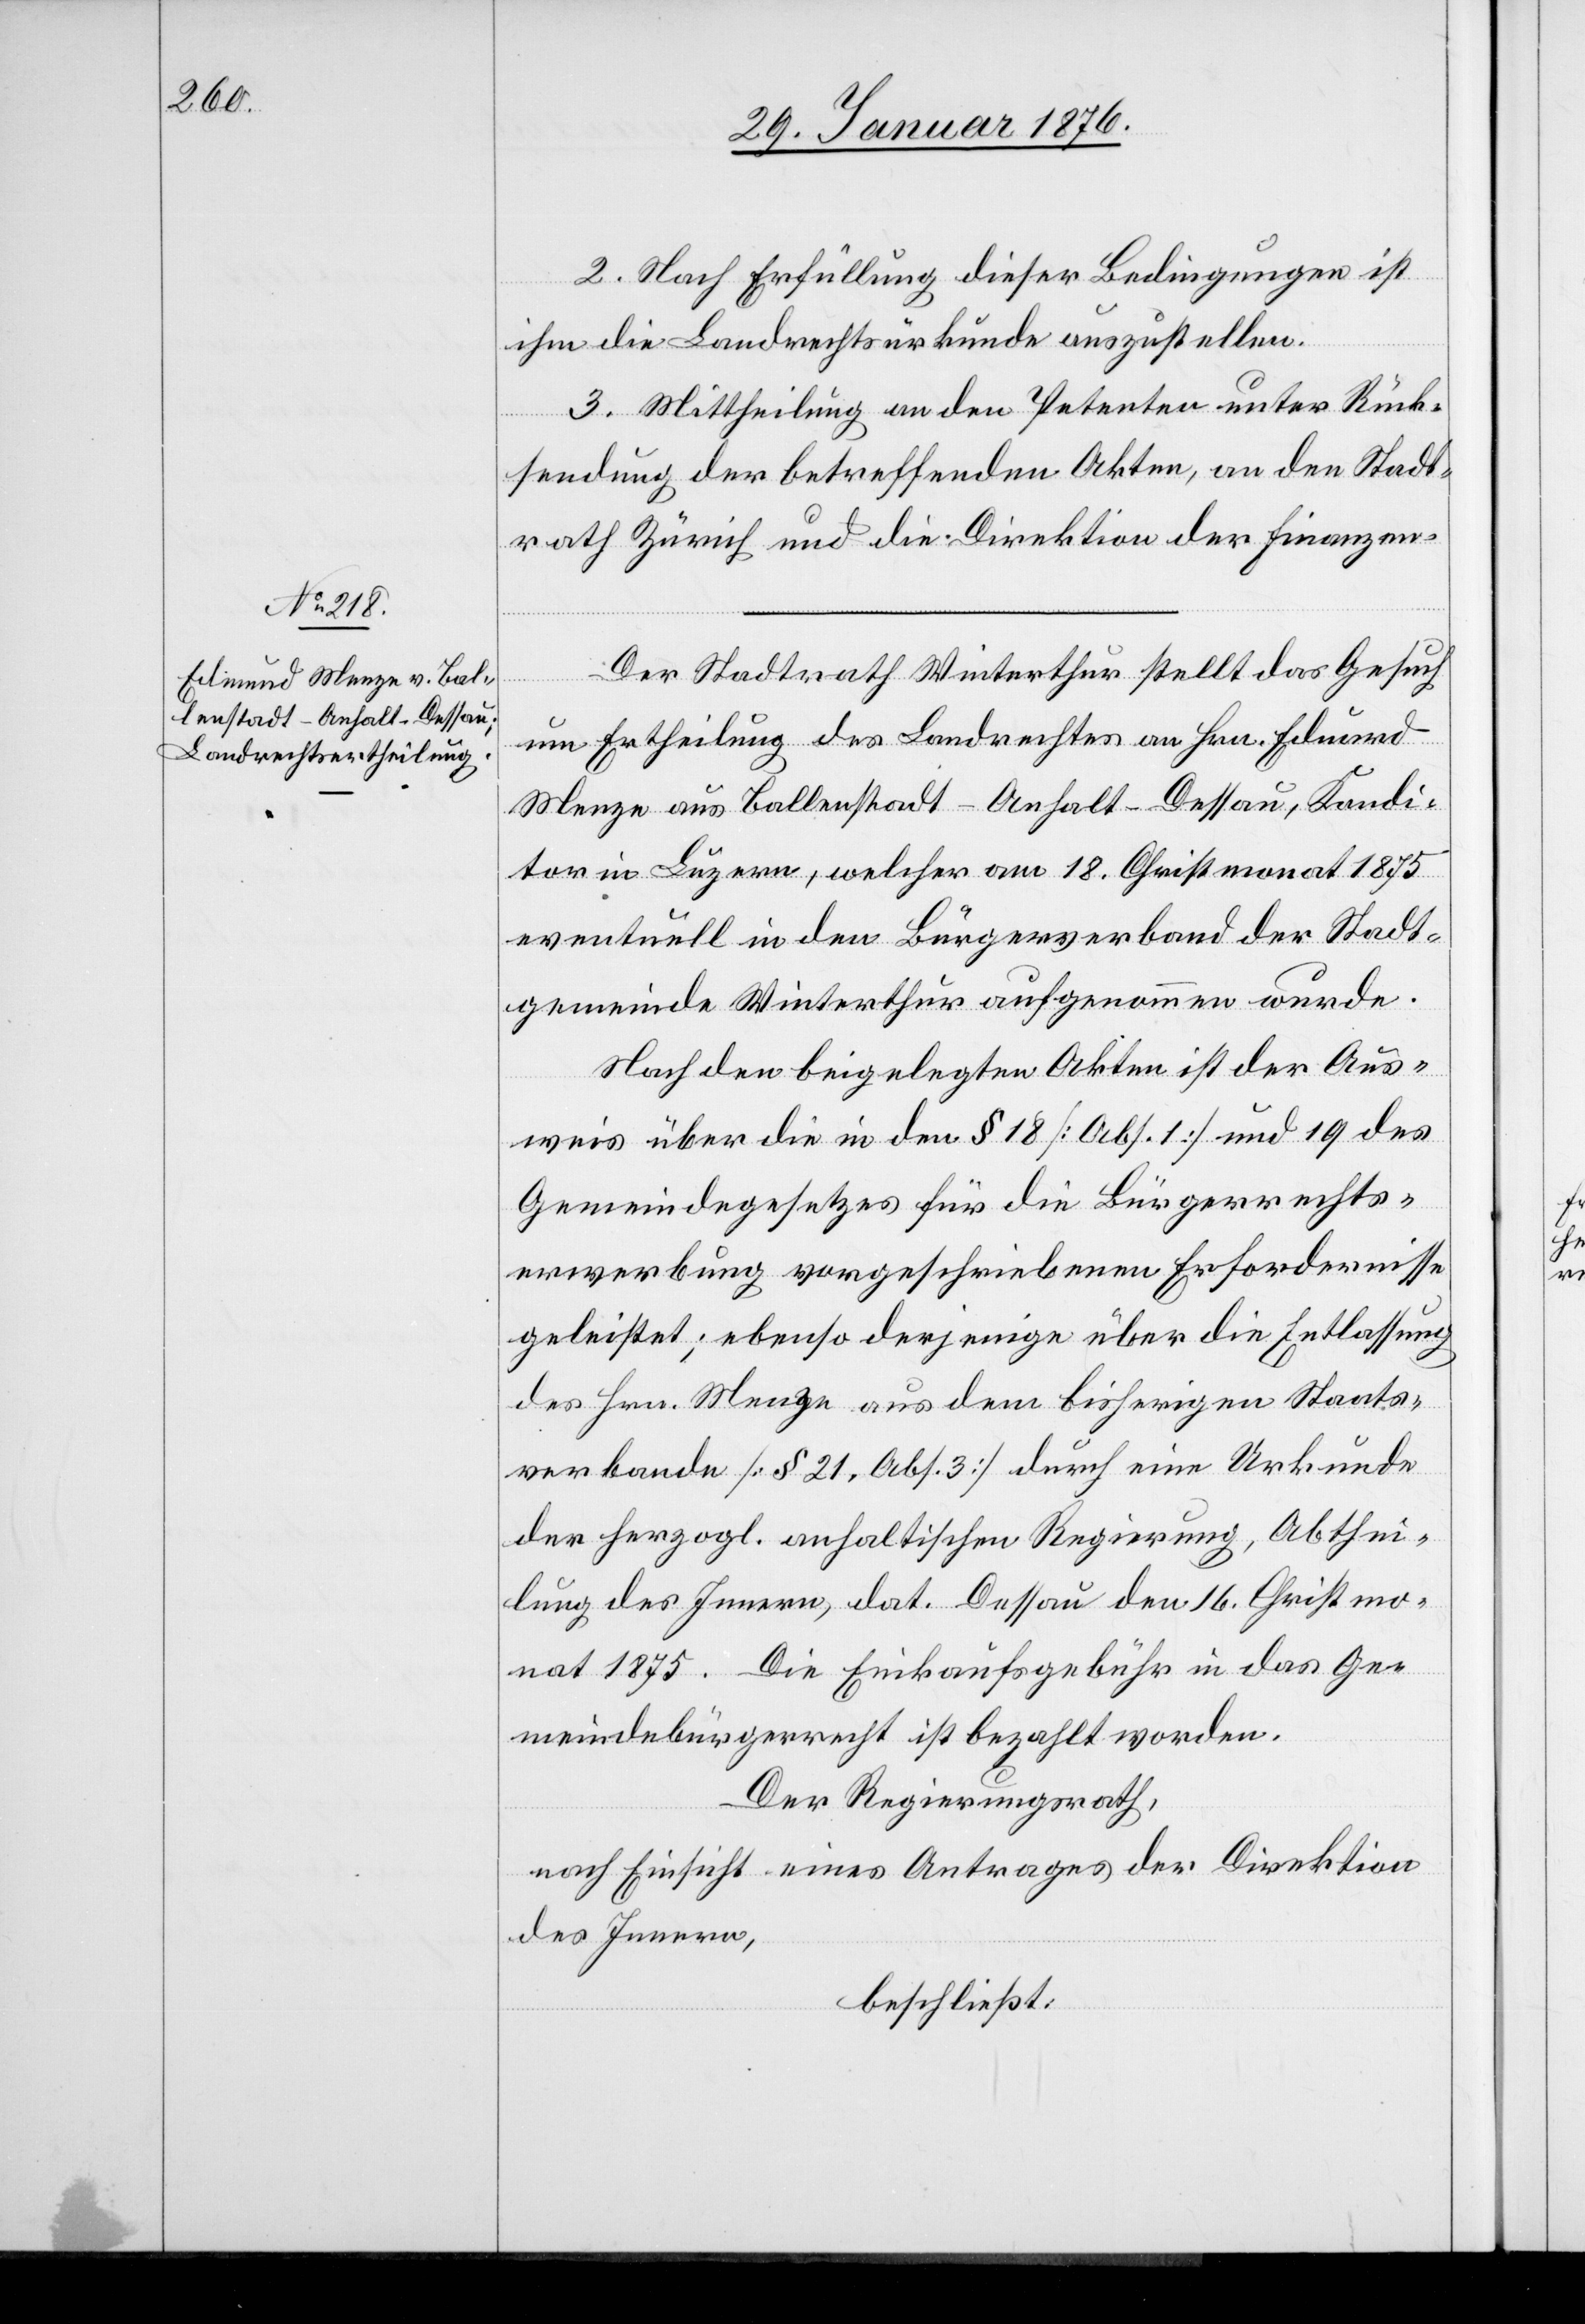
2. Nach Erfüllung dieser Bedingungen ist
ihm die Landrechtsurkunde auszustellen.
3. Mittheilung an den Petenten unter Rück¬
sendung der betreffenden Akten, an den Stadt¬
rath Zürich und die Direktion der Finanzen.
Der Stadtrath Winterthur stellt das Gesuch
um Ertheilung des Landrechtes an Hrn. Eduard
Menze aus Ballenstadt-Anhalt-Dessau, Kondi¬
tor in Luzern, welcher am 18. Christmonat 1875
eventuell in den Bürgerverband der Stadt¬
gemeinde Winterthur aufgenommen wurde.
Nach den beigelegten Akten ist der Aus¬
weis über die in den § 18 [Abs. 1] und 19 des
Gemeindegesetzes für die Bürgerrechts¬
erwerbung vorgeschriebenen Erfordernisse
geleistet; ebenso derjenige über die Entlassung
des Hrn. Menze aus dem bisherigen Staats¬
verbande [§ 21. Abs. 3] durch eine Urkunde
der herzogl. anhaltischen Regierung, Abthei¬
lung des Innern, dat. Dessau den 16. Christmo¬
nat 1875. Die Einkaufsgebühr in das Ge¬
meindebürgerrecht ist bezahlt worden.
Der Regierungsrath,
nach Einsicht eines Antrages der Direktion
des Innern,
beschließt: